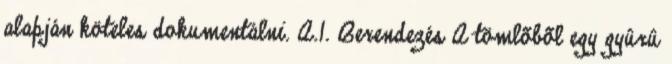
alapján köteles dokumentálni. A.1. Berendezés A tömlõbõl egy gyûrû